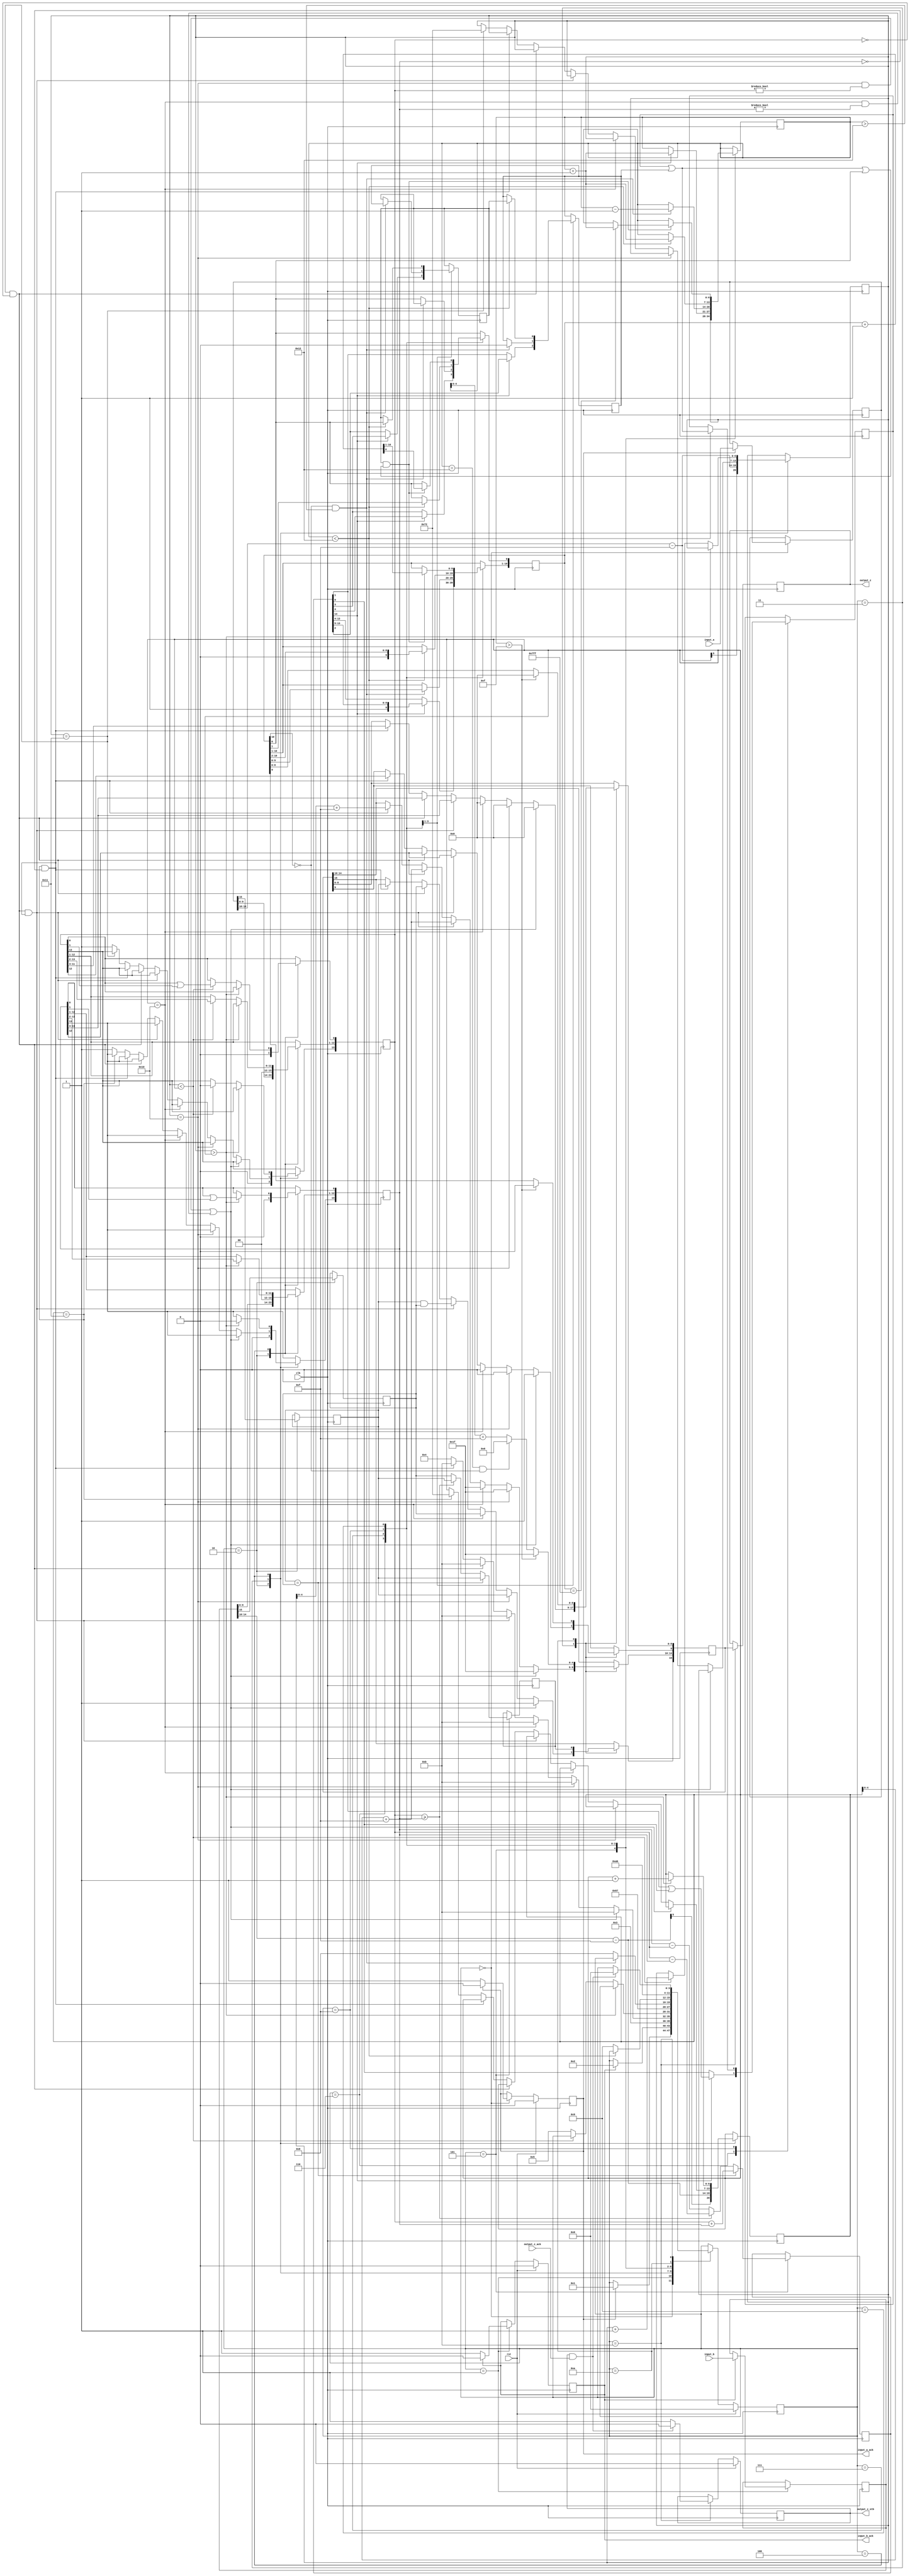
module adder16(
        input_a,
        input_b,
        output_z_ack,
        clk,
        rst,
        output_z,
        output_z_stb,
        input_a_ack,
        input_b_ack);

  input     clk;
  input     rst;

  input     [15:0] input_a;
  output    input_a_ack;

  input     [15:0] input_b;
  output    input_b_ack;

  output    [15:0] output_z;
  output    output_z_stb;
  input     output_z_ack;

  reg       s_output_z_stb;
  reg       [15:0] s_output_z;
  reg       s_input_a_ack;
  reg       s_input_b_ack;

  reg       [3:0] state;
  parameter get_a         = 4'd0,
            get_b         = 4'd1,
            unpack        = 4'd2,
            special_cases = 4'd3,
            align         = 4'd4,
            add_0         = 4'd5,
            add_1         = 4'd6,
            normalise_1   = 4'd7,
            normalise_2   = 4'd8,
            round         = 4'd9,
            pack          = 4'd10,
            put_z         = 4'd11;

  reg       [15:0] a, b, z;
  reg       [13:0] a_m, b_m;
  reg       [10:0] z_m;
  reg       [6:0] a_e, b_e, z_e;
  reg       a_s, b_s, z_s;
  reg       guard, round_bit, sticky;
  reg       [14:0] sum;

  always @(posedge clk)
  begin

    case(state)

      get_a:
      begin
        s_input_a_ack <= 1;
        if (s_input_a_ack) begin
          a <= input_a;
          s_input_a_ack <= 0;
          state <= get_b;
        end
      end

      get_b:
      begin
        s_input_b_ack <= 1;
        if (s_input_b_ack) begin
          b <= input_b;
          s_input_b_ack <= 0;
          state <= unpack;
        end
      end

      unpack:
      begin
        a_m <= {a[9 : 0], 3'b0};
        b_m <= {b[9 : 0], 3'b0};
        a_e <= a[14 : 10] - 15;
        b_e <= b[14 : 10] - 15;
        a_s <= a[15];
        b_s <= b[15];
        state <= special_cases;
      end

      special_cases:
      begin
        //if a is NaN or b is NaN return NaN 
        if ((a_e == 16 && a_m != 0) || (b_e == 16 && b_m != 0)) begin
          z[15] <= 1;
          z[14:10] <= 31;
          z[9] <= 1;
          z[8:0] <= 0;
          state <= put_z;
        //if a is inf return inf
        end else if (a_e == 16) begin
          z[15] <= a_s;
          z[14:10] <= 31;
          z[9:0] <= 0;
          state <= put_z;
        //if b is inf return inf
        end else if (b_e == 16) begin
          z[15] <= b_s;
          z[14:10] <= 31;
          z[9:0] <= 0;
          state <= put_z;
        //if a is zero return b
        end else if ((($signed(a_e) == -15) && (a_m == 0)) && (($signed(b_e) == -15) && (b_m == 0))) begin
          z[15] <= a_s & b_s;
          z[14:10] <= b_e[4:0] + 15;
          z[9:0] <= b_m[13:3];
          state <= put_z;
        //if a is zero return b
        end else if (($signed(a_e) == -15) && (a_m == 0)) begin
          z[15] <= b_s;
          z[14:10] <= b_e[4:0] + 15;
          z[9:0] <= b_m[13:3];
          state <= put_z;
        //if b is zero return a
        end else if (($signed(b_e) == -15) && (b_m == 0)) begin
          z[15] <= a_s;
          z[14:10] <= a_e[4:0] + 15;
          z[9:0] <= a_m[13:3];
          state <= put_z;
        end else begin
          //Denormalised Number
          if ($signed(a_e) == -15) begin
            a_e <= -14;
          end else begin
            a_m[13] <= 1;
          end
          //Denormalised Number
          if ($signed(b_e) == -15) begin
            b_e <= -14;
          end else begin
            b_m[13] <= 1;
          end
          state <= align;
        end
      end

      align:
      begin
        if ($signed(a_e) > $signed(b_e)) begin
          b_e <= b_e + 1;
          b_m <= b_m >> 1;
          b_m[0] <= b_m[0] | b_m[1];
        end else if ($signed(a_e) < $signed(b_e)) begin
          a_e <= a_e + 1;
          a_m <= a_m >> 1;
          a_m[0] <= a_m[0] | a_m[1];
        end else begin
          state <= add_0;
        end
      end

      add_0:
      begin
        z_e <= a_e;
        if (a_s == b_s) begin
          sum <= a_m + b_m;
          z_s <= a_s;
        end else begin
          if (a_m >= b_m) begin
            sum <= a_m - b_m;
            z_s <= a_s;
          end else begin
            sum <= b_m - a_m;
            z_s <= b_s;
          end
        end
        state <= add_1;
      end

      add_1:
      begin
        if (sum[14]) begin
          z_m <= sum[14:4];
          guard <= sum[3];
          round_bit <= sum[2];
          sticky <= sum[1] | sum[0];
          z_e <= z_e + 1;
        end else begin
          z_m <= sum[13:3];
          guard <= sum[2];
          round_bit <= sum[1];
          sticky <= sum[0];
        end
        state <= normalise_1;
      end

      normalise_1:
      begin
        if (z_m[10] == 0 && $signed(z_e) > -14) begin
          z_e <= z_e - 1;
          z_m <= z_m << 1;
          z_m[0] <= guard;
          guard <= round_bit;
          round_bit <= 0;
        end else begin
          state <= normalise_2;
        end
      end

      normalise_2:
      begin
        if ($signed(z_e) < -14) begin
          z_e <= z_e + 1;
          z_m <= z_m >> 1;
          guard <= z_m[0];
          round_bit <= guard;
          sticky <= sticky | round_bit;
        end else begin
          state <= round;
        end
      end

      round:
      begin
        if (guard && (round_bit | sticky | z_m[0])) begin
          z_m <= z_m + 1;
          if (z_m == 11'b11111111111) begin
            z_e <=z_e + 1;
          end
        end
        state <= pack;
      end

      pack:
      begin
        z[9 : 0] <= z_m[9:0];
        z[14 : 10] <= z_e[4:0] + 15;
        z[15] <= z_s;
        if ($signed(z_e) == -14 && z_m[10] == 0) begin
          z[14 : 10] <= 0;
        end
        //if overflow occurs, return inf
        if ($signed(z_e) > 15) begin
          z[9 : 0] <= 0;
          z[14 : 10] <= 31;
          z[15] <= z_s;
        end
        state <= put_z;
      end

      put_z:
      begin
        s_output_z_stb <= 1;
        s_output_z <= z;
        if (s_output_z_stb && output_z_ack) begin
          s_output_z_stb <= 0;
          state <= get_a;
        end
      end

    endcase

    if (rst == 1) begin
      state <= get_a;
      s_input_a_ack <= 0;
      s_input_b_ack <= 0;
      s_output_z_stb <= 0;
    end

  end
  assign input_a_ack = s_input_a_ack;
  assign input_b_ack = s_input_b_ack;
  assign output_z_stb = s_output_z_stb;
  assign output_z = s_output_z;

endmodule